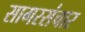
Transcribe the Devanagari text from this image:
सागरसंचार